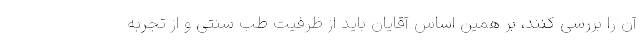
آن را بررسی کنند، بر همین اساس آقایان باید از ظرفیت طب سنتی و از تجربه